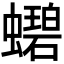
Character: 𬠲